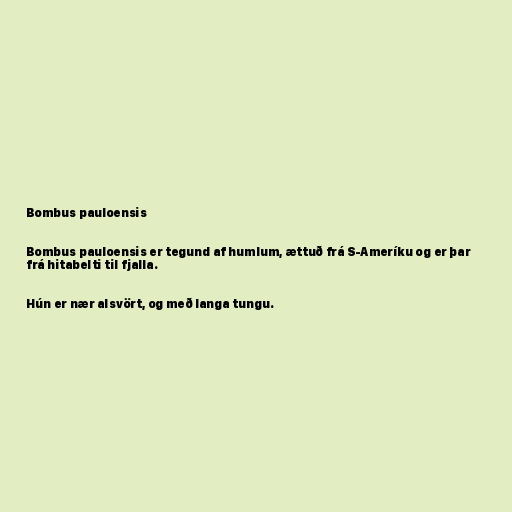
Bombus pauloensis

Bombus pauloensis er tegund af humlum, ættuð frá S-Ameríku og er þar
frá hitabelti til fjalla.

Hún er nær alsvört, og með langa tungu.